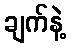
ချက်နဲ့